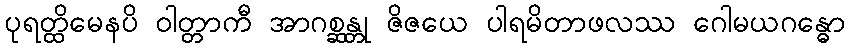
ပုရတ္ထိမေနပိ ဝါတ္တာကီ အာဂစ္ဆန္တု ဇိဇယေ ပါရမိတာဖလဿ ဂေါမယဂန္ဓော